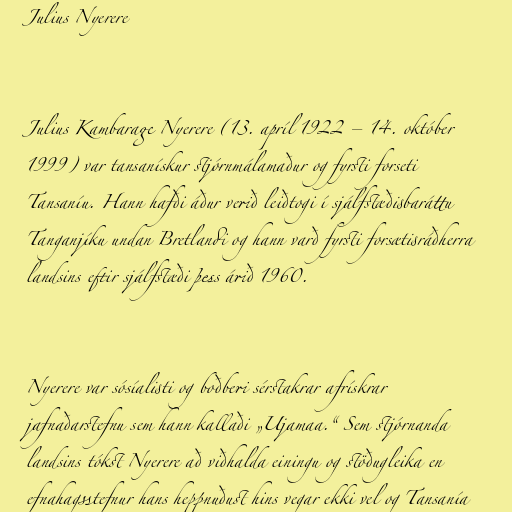
Julius Nyerere

Julius Kambarage Nyerere (13. apríl 1922 – 14. október
1999) var tansanískur stjórnmálamaður og fyrsti forseti
Tansaníu. Hann hafði áður verið leiðtogi í sjálfstæðisbaráttu
Tanganjíku undan Bretlandi og hann varð fyrsti forsætisráðherra
landsins eftir sjálfstæði þess árið 1960.

Nyerere var sósíalisti og boðberi sérstakrar afrískrar
jafnaðarstefnu sem hann kallaði „Ujamaa.“ Sem stjórnanda
landsins tókst Nyerere að viðhalda einingu og stöðugleika en
efnahagsstefnur hans heppnuðust hins vegar ekki vel og Tansanía